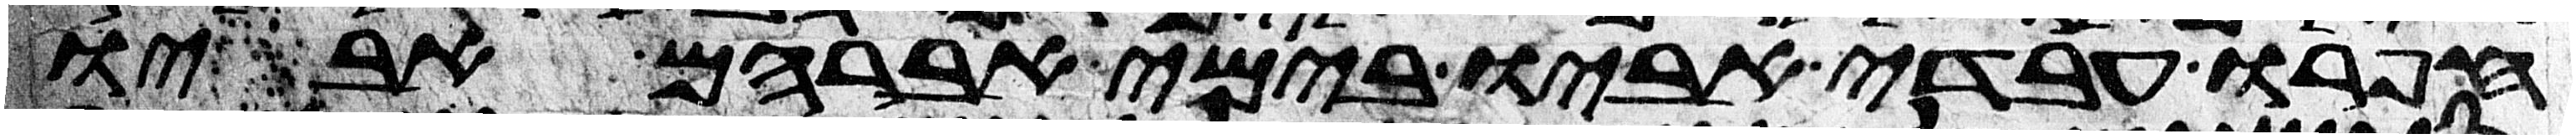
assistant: חפרו עבדי אביו בימי אברהם אביו